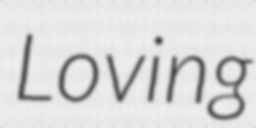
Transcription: Loving